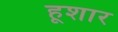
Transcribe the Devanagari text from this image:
हूशार